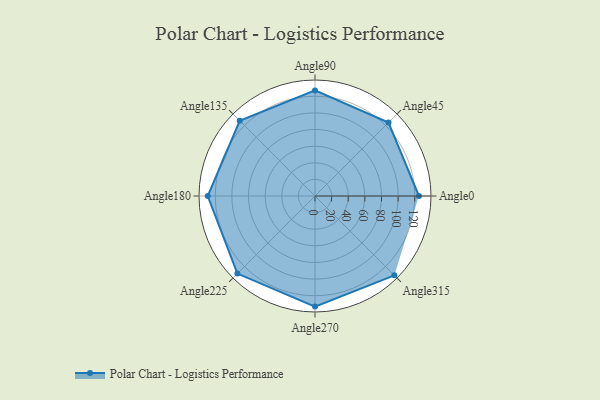
{"axis": {"x": "Angle", "y": "Radius"}, "legend": [""], "data": [{"x": "Angle0", "y": 125.0, "type": ""}, {"x": "Angle45", "y": 125.0, "type": ""}, {"x": "Angle90", "y": 127.0, "type": ""}, {"x": "Angle135", "y": 128.0, "type": ""}, {"x": "Angle180", "y": 129.0, "type": ""}, {"x": "Angle225", "y": 132.0, "type": ""}, {"x": "Angle270", "y": 133.0, "type": ""}, {"x": "Angle315", "y": 135.0, "type": ""}]}